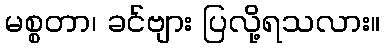
မစ္စတာ၊ ခင်ဗျား ပြလို့ရသလား။